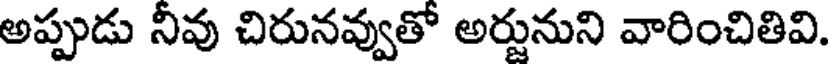
అప్పుడు నీవు చిరునవ్వుతో అర్జునుని వారించితివి.